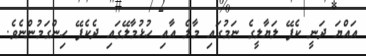
އައްޔަ ދަނީ ކެފޭ ލަޔާލީގެ ނަމުގައި މާލެ އާއި ހުޅުމާލޭގައި ދެކެފޭ ހިންގަމުންނެވެ.